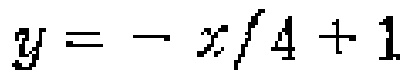
$y=-x/4 + 1$